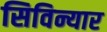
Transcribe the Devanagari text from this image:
सिविन्यार